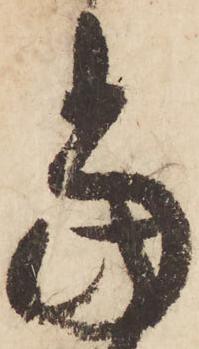
当